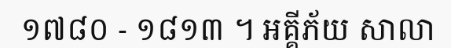
១៧៨០ - ១៨១៣ ។ អគ្គីភ័យ សាលា